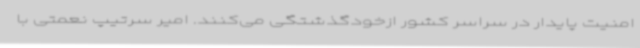
امنیت پایدار در سراسر کشور ازخودگذشتگی می‌کنند. امیر سرتیپ نعمتی با